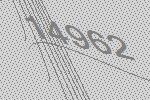
14962